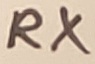
Text: RX